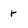
Character: r